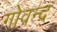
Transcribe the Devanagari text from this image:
गोवन्द